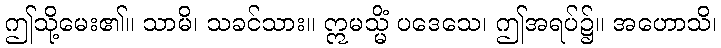
ဤသို့မေး၏။ သာမိ၊ သခင်သား။ ဣမသ္မိံ ပဒေသေ၊ ဤအရပ်၌။ အဟောသိ၊